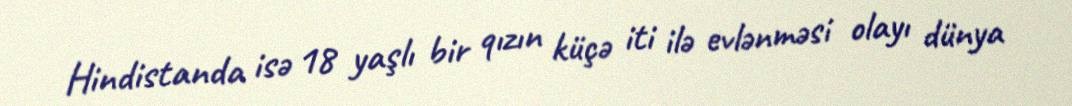
Hindistanda isə 18 yaşlı bir qızın küçə iti ilə evlənməsi olayı dünya